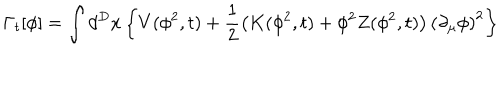
\Gamma _ { t } [ \phi ] = \int d ^ { D } x \left\{ V ( \phi ^ { 2 } , t ) + \frac { 1 } { 2 } \left( K ( \phi ^ { 2 } , t ) + \phi ^ { 2 } Z ( \phi ^ { 2 } , t ) \right) \left( \partial _ { \mu } \phi \right) ^ { 2 } \right\}